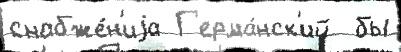
снабже́н'иjа Г'ерма́нск'ий  бы